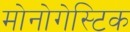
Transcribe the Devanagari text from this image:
मोनोगेस्टिक